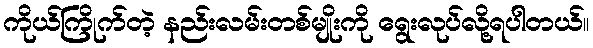
ကိုယ်ကြိုက်တဲ့ နည်းလမ်းတစ်မျိုးကို ရွေးလုပ်လို့ရပါတယ်။